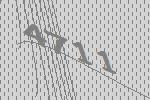
4711